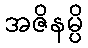
အဇိနမ္ပိ